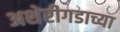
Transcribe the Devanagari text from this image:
अशेरीगडाच्या